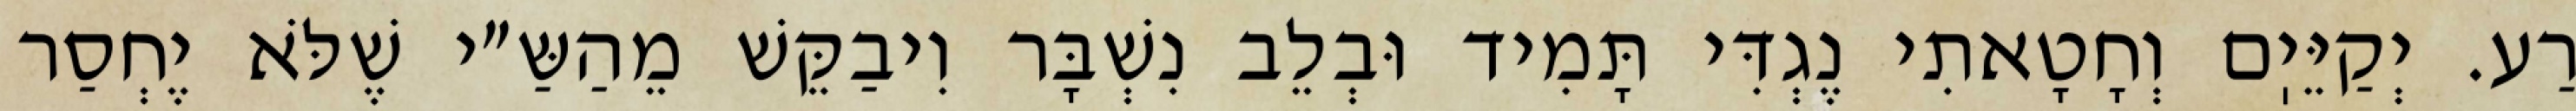
רַע. יְקַיֵּיֽם וְחָטָאתִי נֶגְדִּי תָּמִיד וּבְלֵב נִשְׁבָּר וִיבַקֵּשׁ מֵהַשַּ״י שֶׁלֹּא יֶחְסַר